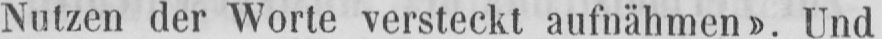
Nutzen der Worte versteckt aufnähmen». Und